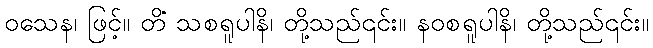
ဝသေန၊ ဖြင့်။ တိံ သစရူပါနိ၊ တို့သည်၎င်း။ နဝစရူပါနိ၊ တို့သည်၎င်း။